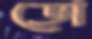
ডো